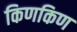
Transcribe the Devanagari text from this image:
किणकिण